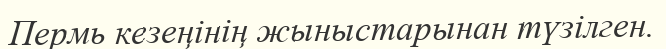
Пермь кезеңінің жыныстарынан түзілген.